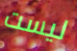
ليست